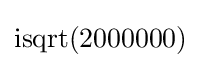
\operatorname {isqrt} (2000000)